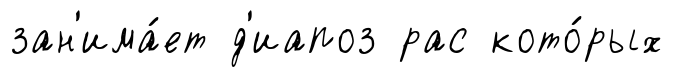
зан'има́ет д'иапоз рас кото́рых